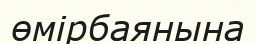
өмірбаянына